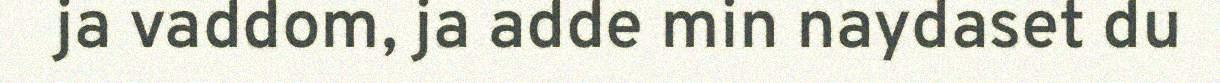
ja vaddom, ja adde min naydaset du